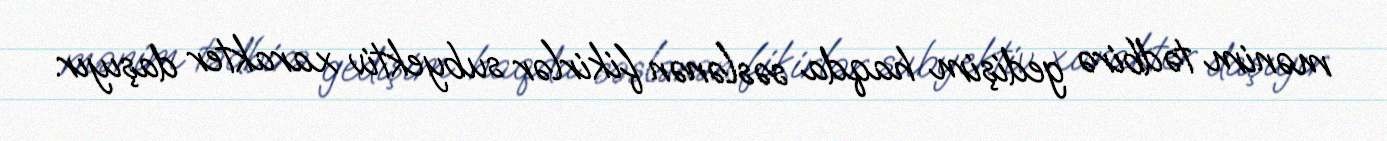
mənim tədbirə gedişim haqda səslənən fikirlər subyektiv xarakter daşıyır.